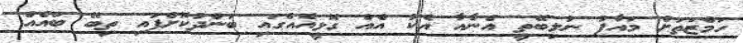
ހަމްޒަތަށް މައާފު ނުލިބޭތީ އެނާއާ އެކު އެއް ގޮޅީއެއްގައި ބަންދުކޮށްފައި ތިބޭ ބައެއް